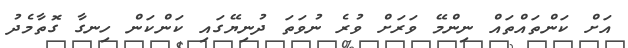
އަށް ކަންތައްތައް ނިންމޭ ވަރަށް ވުރެ ނުވަތަ ދުނިޔޭގައި ކަންކަން ހިނގާ ގޮތާމެދު